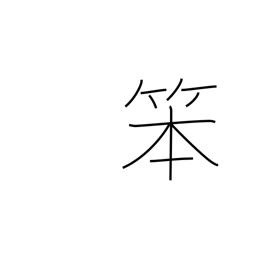
Meaning: coarse